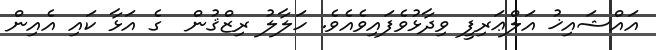
އައްޝައިޚު އަލްޢަރިފީ ވިދާޅުވެފައިވެއެވެ. ހަލާލު ރިޒްޤުން  ގެ އަޅާ ކައި އެއިން